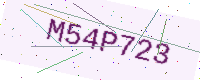
Text: M54P723